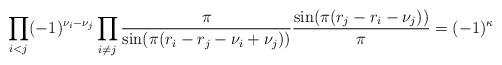
LaTeX: \begin{gather*} \prod_{i<j}(-1)^{\nu_i-\nu_j}\prod_{i\neq j}\frac{\pi}{\sin(\pi(r_i-r_j-\nu_i+\nu_j))}\frac{\sin(\pi(r_j-r_i-\nu_j))}{\pi} =(-1)^\kappa \end{gather*}